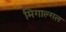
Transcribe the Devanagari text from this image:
मिगाल्गल